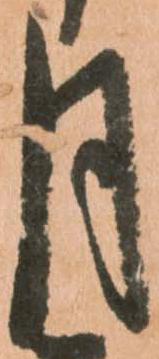
月